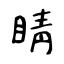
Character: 睛